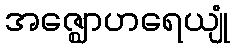
အဇ္ဈောဟရေယျုံ